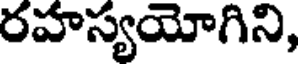
రహస్యయోగిని,